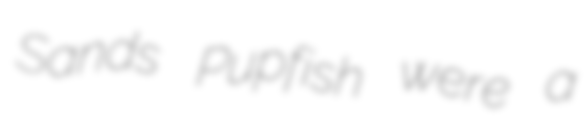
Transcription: Sands Pupfish were a